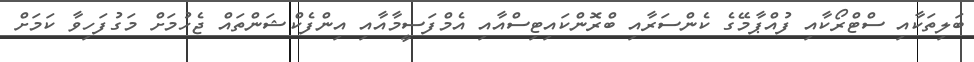
ބަލިތަކާއި ސްޓްރޯކާއި ފުއްޕާމޭގެ ކެންސަރާއި ބްރޮންކައިޓިސްއާއި އެމްފަސީމާއާއި އިންފެކްޝަންތައް ޖެހުމަށް މަގުފަހިވާ ކަމަށް